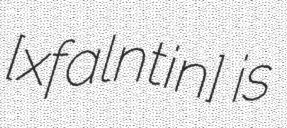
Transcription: [xfaˈlɛnt͡ɕin] is